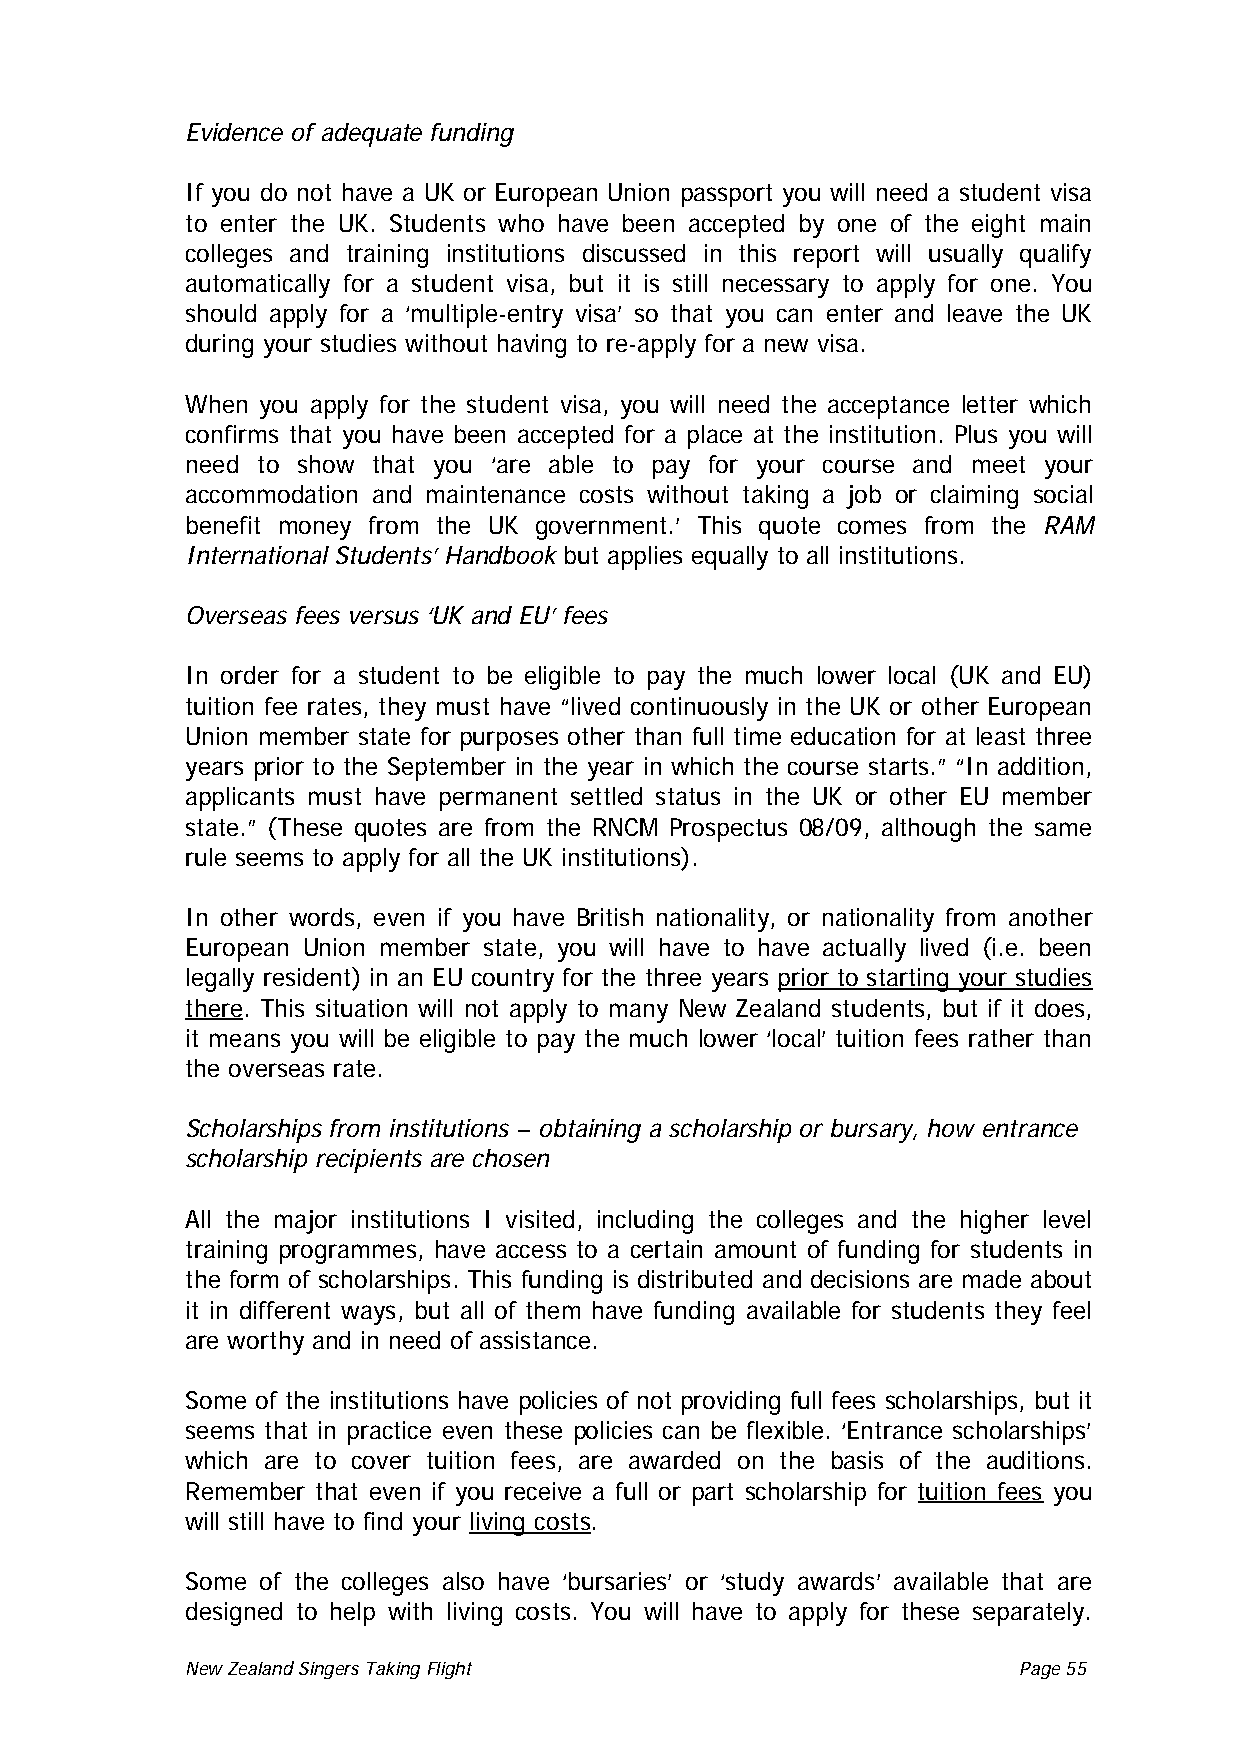
Evidence of adequate funding
 If you do not have a UK or European Union passport you will need a student visa
 to enter the UK. Students who have been accepted by one of the eight main
 colleges and training institutions discussed in this report will usually qualify
 automatically for a student visa, but it is still necessary to apply for one. You
 should apply for a ‘multiple-entry visa’ so that you can enter and leave the UK
 during your studies without having to re-apply for a new visa.
 When you apply for the student visa, you will need the acceptance letter which
 confirms that you have been accepted for a place at the institution. Plus you will
 need to show that you ‘are able to pay for your course and meet your
 accommodation and maintenance costs without taking a job or claiming social
 benefit money from the UK government.’ This quote comes from the RAM
 International Students’ Handbook but applies equally to all institutions.
 Overseas fees versus ‘UK and EU’ fees
 In order for a student to be eligible to pay the much lower local (UK and EU)
 tuition fee rates, they must have “lived continuously in the UK or other European
 Union member state for purposes other than full time education for at least three
 years prior to the September in the year in which the course starts.” “In addition,
 applicants must have permanent settled status in the UK or other EU member
 state.” (These quotes are from the RNCM Prospectus 08/09, although the same
 rule seems to apply for all the UK institutions).
 In other words, even if you have British nationality, or nationality from another
 European Union member state, you will have to have actually lived (i.e. been
 legally resident) in an EU country for the three years prior to starting your studies
 there. This situation will not apply to many New Zealand students, but if it does,
 it means you will be eligible to pay the much lower ‘local’ tuition fees rather than
 the overseas rate.
 Scholarships from institutions – obtaining a scholarship or bursary, how entrance
 scholarship recipients are chosen
 All the major institutions I visited, including the colleges and the higher level
 training programmes, have access to a certain amount of funding for students in
 the form of scholarships. This funding is distributed and decisions are made about
 it in different ways, but all of them have funding available for students they feel
 are worthy and in need of assistance.
 Some of the institutions have policies of not providing full fees scholarships, but it
 seems that in practice even these policies can be flexible. ‘Entrance scholarships’
 which are to cover tuition fees, are awarded on the basis of the auditions.
 Remember that even if you receive a full or part scholarship for tuition fees you
 will still have to find your living costs.
 Some of the colleges also have ‘bursaries’ or ‘study awards’ available that are
 designed to help with living costs. You will have to apply for these separately.
 New Zealand Singers Taking Flight Page 55